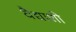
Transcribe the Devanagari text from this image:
वैद्याशी